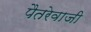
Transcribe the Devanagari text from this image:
पैतरेवाजी